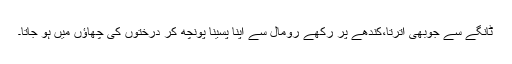
ٹانگے سے جوبھی اْترتا،کندھے پر رکھے رومال سے اپنا پسینا پونچھ کر درختوں کی چھاؤں میں ہو جاتا۔